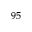
^ { 9 5 }